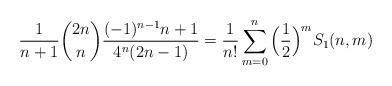
LaTeX: \begin{align*}\frac{1}{n+1} {2n \choose n} \frac{(-1)^{n-1}n+1 }{4^n (2n-1)} = \frac{1}{n!} \sum_{m=0}^n \Big(\frac{1}{2}\Big)^m S_1(n,m)\end{align*}